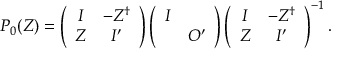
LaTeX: P _ { 0 } ( Z ) = \left( \begin{array} { c c } { { I } } & { { - Z ^ { \dag } } } \\ { { Z } } & { { I ^ { \prime } } } \end{array} \right) \left( \begin{array} { c c } { { I } } & { { } } \\ { { } } & { { O ^ { \prime } } } \end{array} \right) \left( \begin{array} { c c } { { I } } & { { - Z ^ { \dag } } } \\ { { Z } } & { { I ^ { \prime } } } \end{array} \right) ^ { - 1 } .